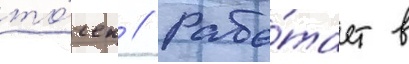
то́чек // Рабо́тает в